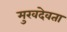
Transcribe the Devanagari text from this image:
मुखदेवता